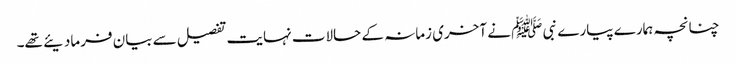
چنانچہ ہمارے پیارے نبی ﷺ نے آخری زمانہ کے حالات نہایت تفصیل سے بیان فرمادیئے تھے۔